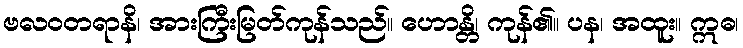
ဗလဝတရာနိ၊ အားကြီးမြတ်ကုန်သည်။ ဟောန္တိ၊ ကုန်၏။ ပန၊ အထူး။ ဣဓ၊